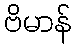
ဗိမာန်